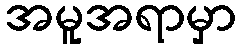
အမူအရာမှာ